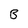
Character: B